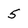
Character: 5